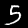
Digit: 5